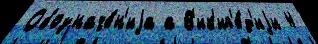
Обозначе́н'иjа а В'ик'ип'е́д'иjи 4